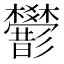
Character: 𢒻